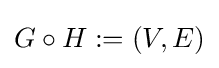
G\circ H:=(V,E)